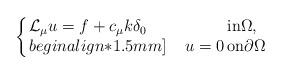
LaTeX: \begin{align*} \arraycolsep=1pt\left\{\begin{array}{lll} \displaystyle \mathcal{L}_\mu u= f+c_\mu k\delta_0 &{\rm in} {\Omega},\\begin{align*}1.5mm] \phantom{ L_\mu } \displaystyle u= 0 &{\rm on}\partial{\Omega} \end{array}\right.\end{align*}